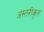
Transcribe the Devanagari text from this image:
अस्तरीकृत